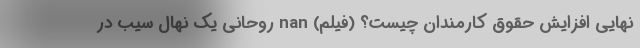
نهایی افزایش حقوق کارمندان چیست؟ (فیلم) nan روحانی یک نهال سیب در